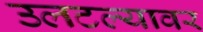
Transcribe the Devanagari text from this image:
उलटल्यावर